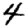
Digit: 4